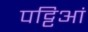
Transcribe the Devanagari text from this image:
पट्टिआं